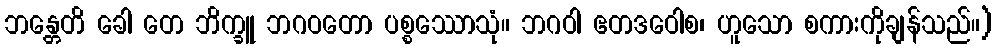
ဘန္တေတိ ခေါ တေ ဘိက္ခူ ဘဂဝတော ပစ္စဿောသုံ။ ဘဂဝါ ဧတဒဝေါစ၊ ဟူသော စကားကိုချန်သည်။)